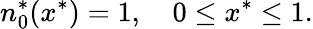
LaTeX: n_{0}^{*}(x^{*})=1,\quad 0\leq x^{*}\leq 1.